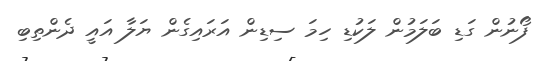
ފޯނުން ގަޑި ބަލަމުން ލަކުޑި ހިމަ ސިޑިން އަރައިގެން ޔަލާ އައީ ދެންތިބި